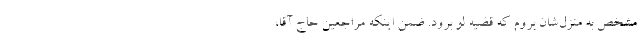
مشخص به منزل‌شان بروم که قضیه لو برود. ضمن اینکه مراجعین حاج آقا،